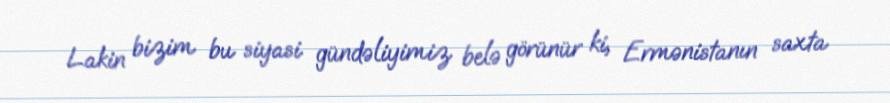
Lakin bizim bu siyasi gündəliyimiz belə görünür ki, Ermənistanın saxta